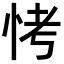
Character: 𪫭